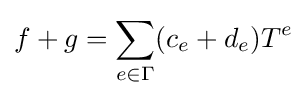
f+g=\sum _{e\in \Gamma }(c_{e}+d_{e})T^{e}